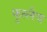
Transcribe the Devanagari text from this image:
फुल्लैच